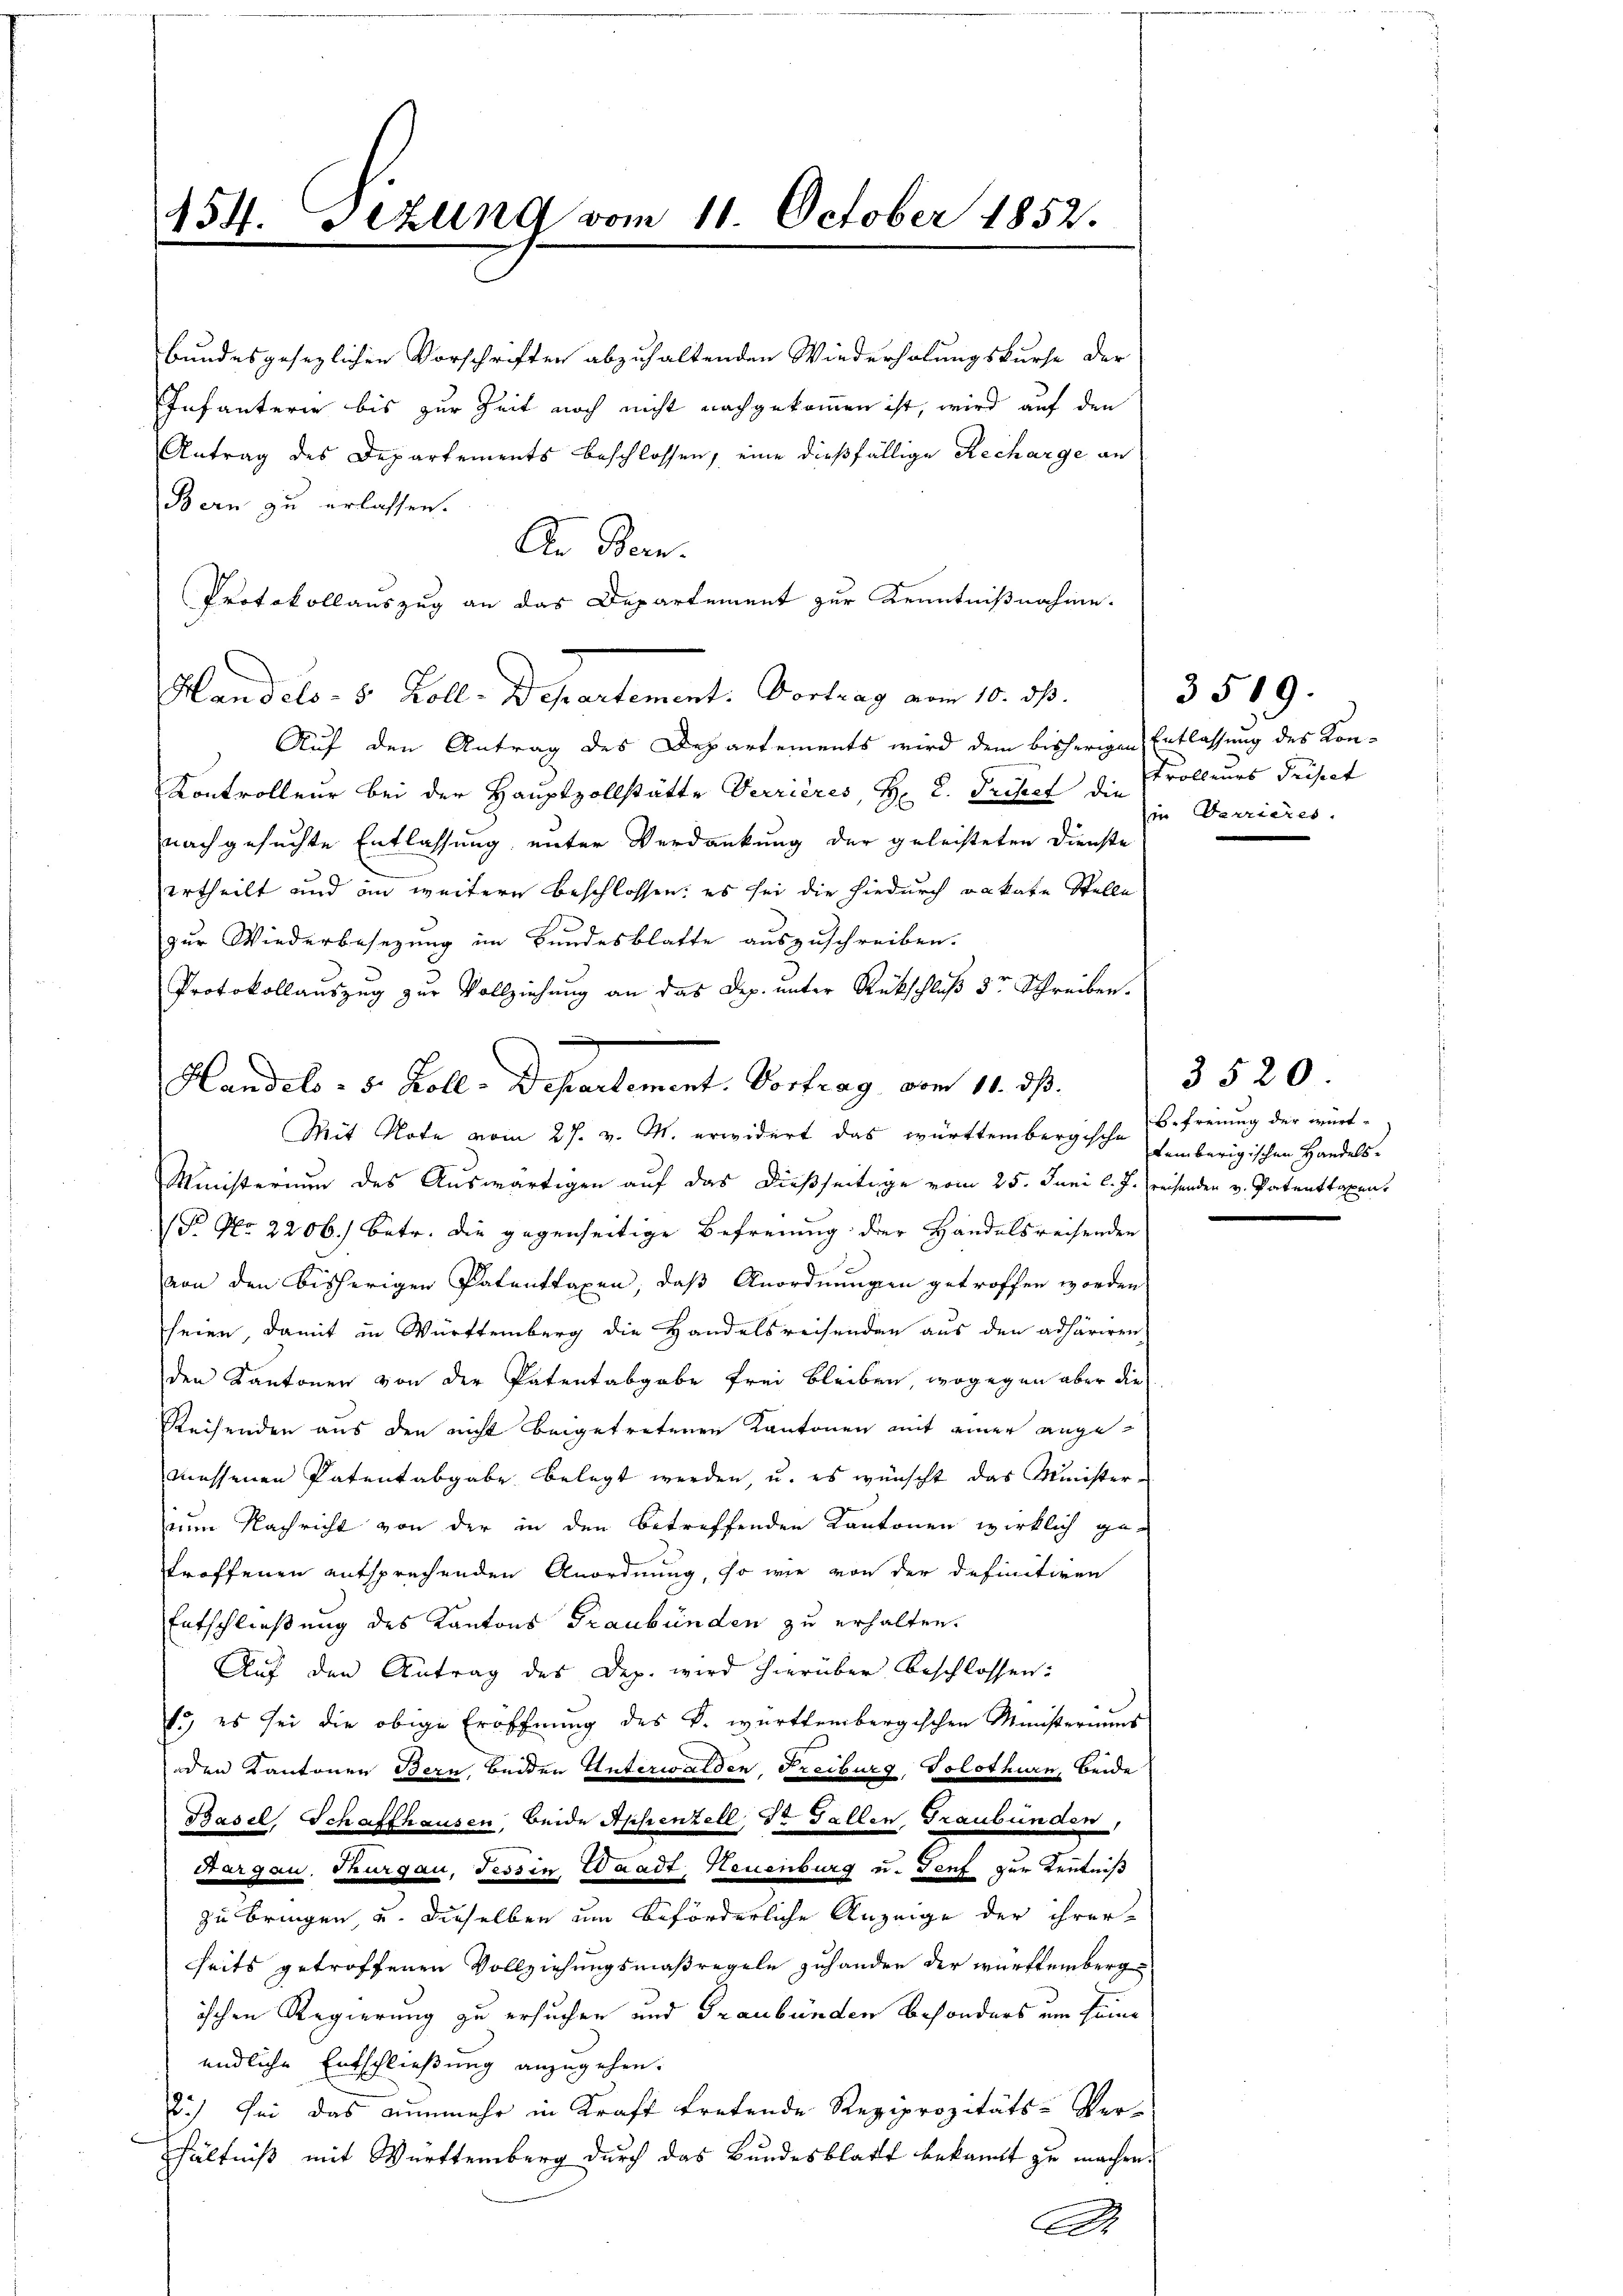
454. Etzung vom 11. October 1852.
.

bundesgesezlichen Vorschriften abzuhaltenden Wiederholungskurse der
Infanterie bis zur Zeit noch nicht nachgekommen ist, wird auf den
Antrag des Departements beschlossen, eine dießfällige Recharge an
Bern zu erlassen.
An Bern.
Protokollauszug an das Departement zur Kenntnißnahme.
Handels- 5 Zoll-Departement: Vortrag vom 10. ds.
Auf den Antrag des Departements wird dem bisherigen Entlassung des Kon¬
Kontrolleur bei der Hauptzollstätte Verrières, Hr. P. Fristet die Trolleurs diesert
nachgesuchte Entlassung unter Verdankung der geleisteten Dienste
ertheilt und in weitere Beschlossen: es sei die hiedurch Bakate Stelle
zur Wiederbesezung im Bundesblatte auszuschreiben.
Protokollauszug zur Vollziehung an das Dep. unter Rückschluß dr Schreiben.
Mit Note vom 27. v. M. erwidert das württembergische
Ministerium des Auswärtigen auf das dießseitige vom 25. Juni l. J. Kreisenden v. Patenttaxen
P No 2206. betr. die gegenseitige Befreiung der Handelsreisenden
von den bisherigen Patenttaxen, daß Anordnungen getroffen worden,
seien, damit in Württemberg die Handelsreisenden aus den adhäriren
den Kantonen von der Patentabgabe frei bleiben, wogegen aber die
Reisenden aus den nicht beigetretenen Kantonen mit einer angemessenen Patentabgabe belegt werden, u. es wünscht das Minister
um Nachricht von der in den betreffenden Kantonen wirklich getroffenen entsprechenden Anordnung, so wie von der definitiven
Entschließung des Kantons Graubünden zu erhalten.
Auf den Antrag des Dep. wird hierüber beschlossen:
s.) es sei die obige Eröffnung des k. württembergischen Ministeriums
oden Kantonen Bern beiden Unterwalden, Freiburg Solothurn, beide
Basel, Schaffhausen, beide Appenzell, St. Gallen Graubünden,
Grargau, Thurgau, Tessin, Waadt, Neuenburg u. Genf zur Kenntniß
zu bringen, u. dieselben um beförderliche Anzeige der ihrer-
seits getroffenen Vollziehungsmaßregeln zuhander der württembergischen Regierung zu ersuchen und Graubünden besonders um seine
endliche Entschließung anzugehen.
2.) Sei das nunmehr in Kraft tretende Reziprozitäts-Verhältniß mit Württemberg durch das Bundesblatt bekannt zu machen.
A

Handels - 5. Koll-Departement. Vortrag, vom 11. ds.

in Terrieres.

3519.

3520.
Befreiung der württembergischen Handels-